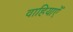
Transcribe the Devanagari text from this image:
वाहियाएँ